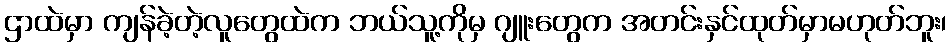
ဌာထဲမှာ ကျန်ခဲ့တဲ့လူတွေထဲက ဘယ်သူ့ကိုမှ ဂျူးတွေက အတင်းနှင်ထုတ်မှာမဟုတ်ဘူး၊